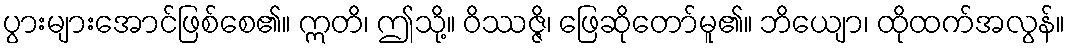
ပွားများအောင်ဖြစ်စေ၏။ ဣတိ၊ ဤသို့။ ဝိဿဇ္ဇိ၊ ဖြေဆိုတော်မူ၏။ ဘိယျော၊ ထိုထက်အလွန်။